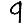
Digit: 9